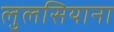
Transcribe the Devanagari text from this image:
लुलसियाना